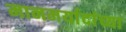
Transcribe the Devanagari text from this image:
मानमर्यादांच्या